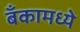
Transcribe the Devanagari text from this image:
बँकामध्ये